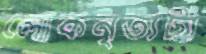
লোকনৃত্যটা